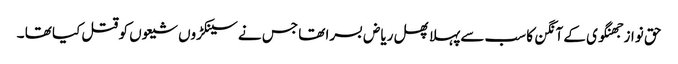
حق نواز جھنگوی کے آنگن کا سب سےپہلا پھل ریاض بسرا تھا جس نے سینکڑوں شیعوں کو قتل کیا تھا ۔